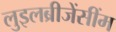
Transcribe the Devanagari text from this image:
लुइलब्रीजेंसींम